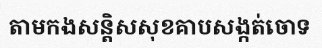
តាមកងសន្តិសសុខគាបសង្កត់ចោទ